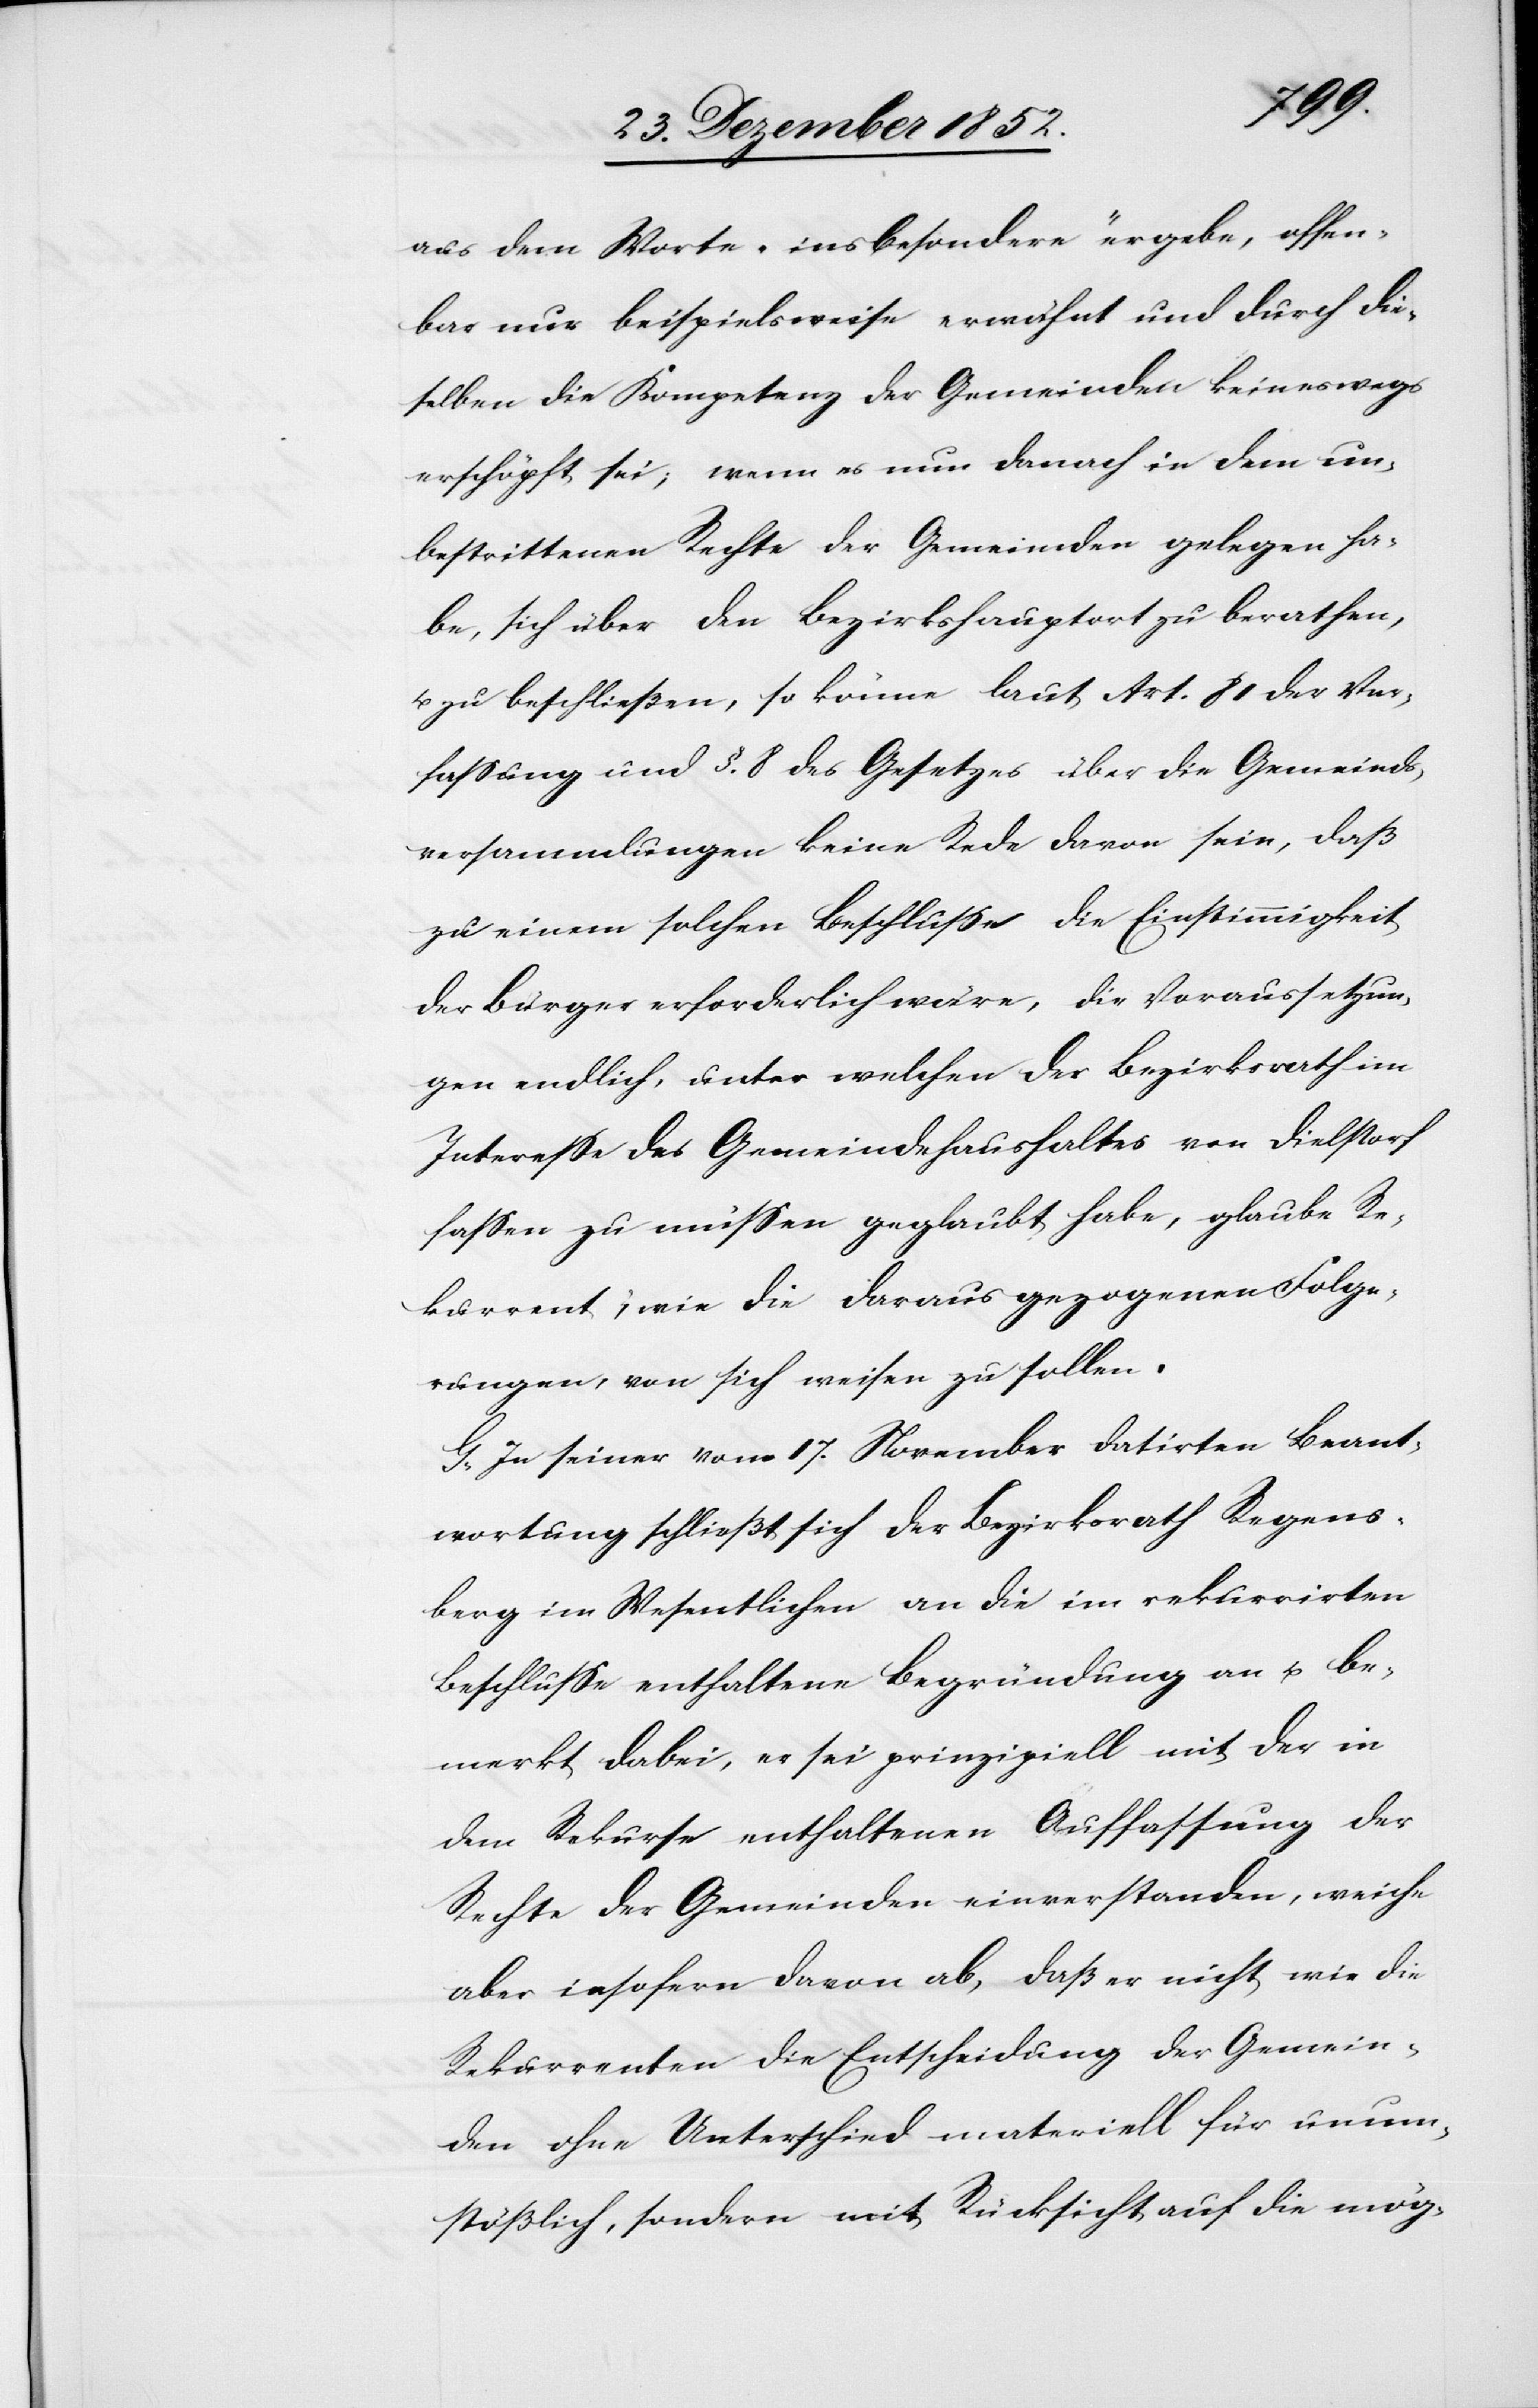
aus dem Worte „insbesondere“ ergebe, offen¬
bar nur beispielsweise erwähnt und durch die¬
selben die Kompetenz der Gemeinden keineswegs
erschöpft sei; wenn es nun danach in dem un¬
bestrittenen Rechte der Gemeinden gelegen ha¬
be, sich über den Bezirkshauptort zu berathen,
u. zu beschließen, so könne laut Art. 81 der Ver¬
fassung und §. 8 des Gesetzes über die Gemeinds¬
versammlungen keine Rede davon sein, daß
zu einem solchen Beschlusse die Einstimmigkeit
der Bürger erforderlich wäre, die Voraussetzun¬
gen endlich, unter welchen der Bezirksrath im
Interesse des Gemeindehaushaltes von Dielstorf
fassen zu müssen geglaubt habe, glaube Re¬
kurrent; wie die daraus gezogenen Folge¬
rungen, von sich weisen zu sollen.
G, In seiner vom 17. November datirten Beant¬
wortung schließt sich der Bezirksrath Regens¬
berg im Wesentlichen an die im rekurrirten
Beschlusse enthaltene Begründung an u. be¬
merkt dabei, er sei prinzipiell mit der in
dem Rekurse enthaltenen Auffassung der
Rechte der Gemeinden einverstanden, weiche
aber insofern davon ab, daß er nicht wie die
Rekurrenten die Entscheidung der Gemein¬
den ohne Unterschied materiell für unum¬
stößlich, sondern mit Rücksicht auf die mög-